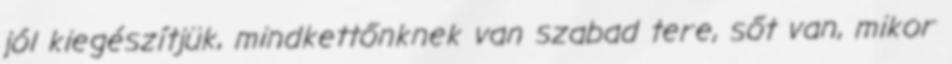
jól kiegészítjük, mindkettőnknek van szabad tere, sőt van, mikor